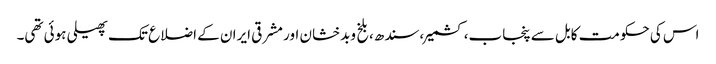
اس کی حکومت کابل سے پنجاب،کشمیر،سندھ،بلخ وبدخشان اور مشرقی ایران کے اضلاع تک پھیلی ہوئی تھی۔